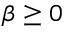
\beta \geq 0